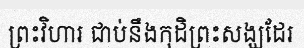
ព្រះវិហារ ជាប់នឹងកុដិព្រះសង្ឃដែរ